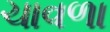
ચાવળા